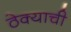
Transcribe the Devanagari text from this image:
ठेक्याची